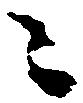
ニ